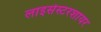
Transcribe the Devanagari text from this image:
लाइसेस्टरशायर